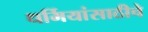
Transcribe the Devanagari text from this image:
धर्मियांसाठीचे